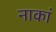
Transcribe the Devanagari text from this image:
नाकां